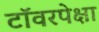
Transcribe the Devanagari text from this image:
टॉवरपेक्षा